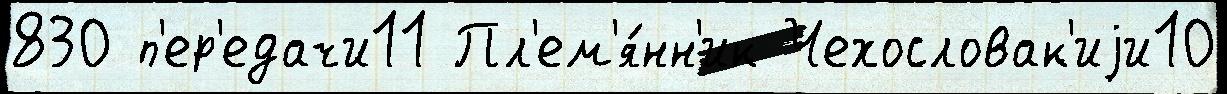
830 п'ер'едачи11 Пл'ем'я́нн'ик Чехословак'иjи10